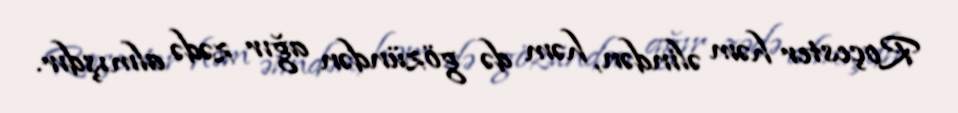
Roçester həm əlindən, həm də gözündən ağır zədə almışdır.